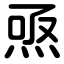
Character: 焏